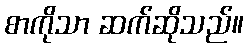
စာကိုသာ ဆက်ဆိုသည်။